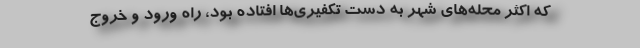
که اکثر محله‌های شهر به دست تکفیری‌ها افتاده بود، راه ورود و خروج